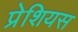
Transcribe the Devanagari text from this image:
प्रेशियस